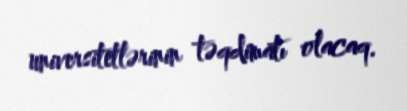
universitetlərinin təqdimatı olacaq.